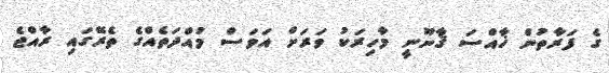
ގެ ފަރާތުން ޚާއްސަ ޤާނޫނީ މާހިރަކު ވަރަށް އަވަސް މުއްދަތެއްގެ ތެރޭގައި ރާއްޖެ